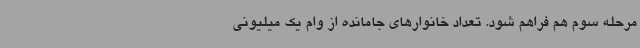
مرحله سوم هم فراهم شود. تعداد خانوارهای جامانده از وام یک میلیونی